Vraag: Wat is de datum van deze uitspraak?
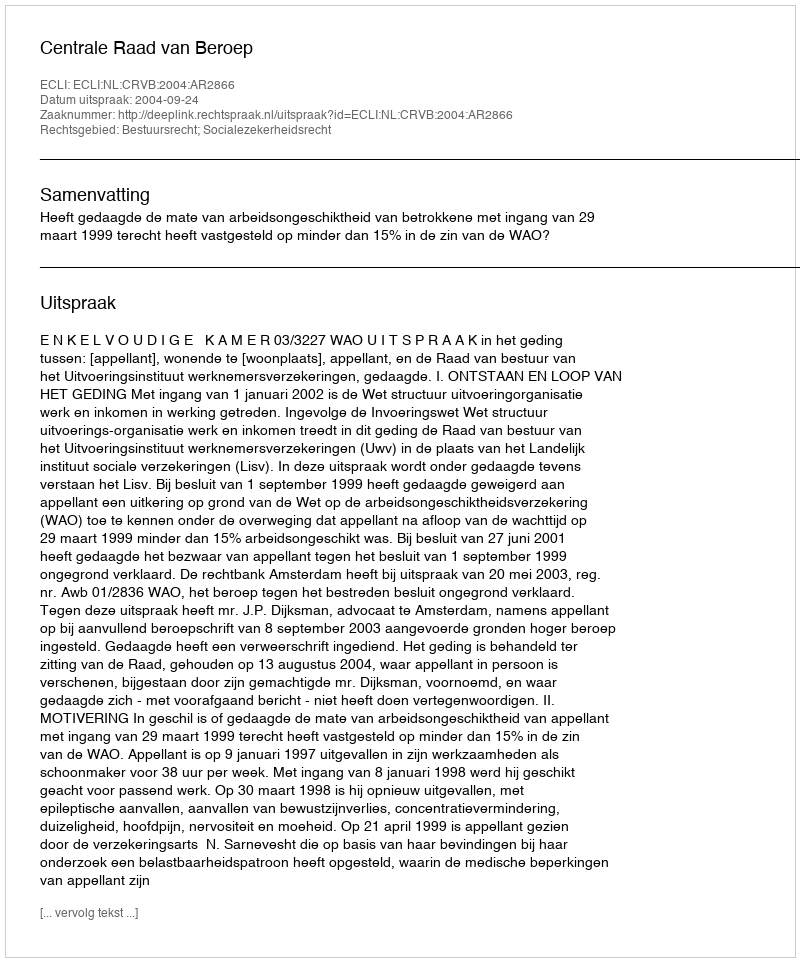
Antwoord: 2004-09-24